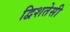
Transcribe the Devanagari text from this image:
द्विशतेसी